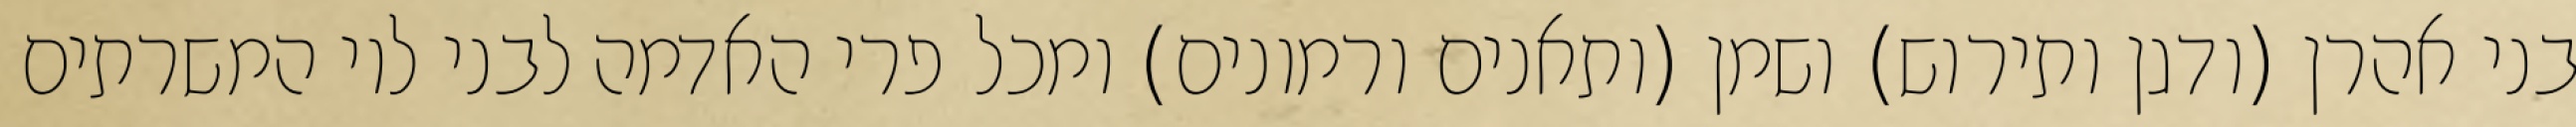
בני אהרן (ודגן ותירוש) ושמן (ותאנים ורמונים) ומכל פרי האדמה לבני לוי המשרתים